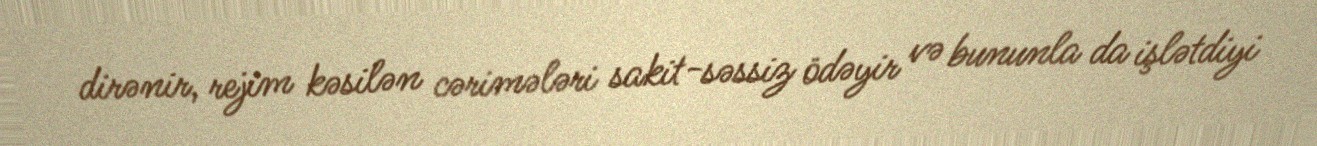
dirənir, rejim kəsilən cərimələri sakit-səssiz ödəyir və bununla da işlətdiyi